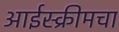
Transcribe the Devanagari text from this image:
आईस्क्रीमचा